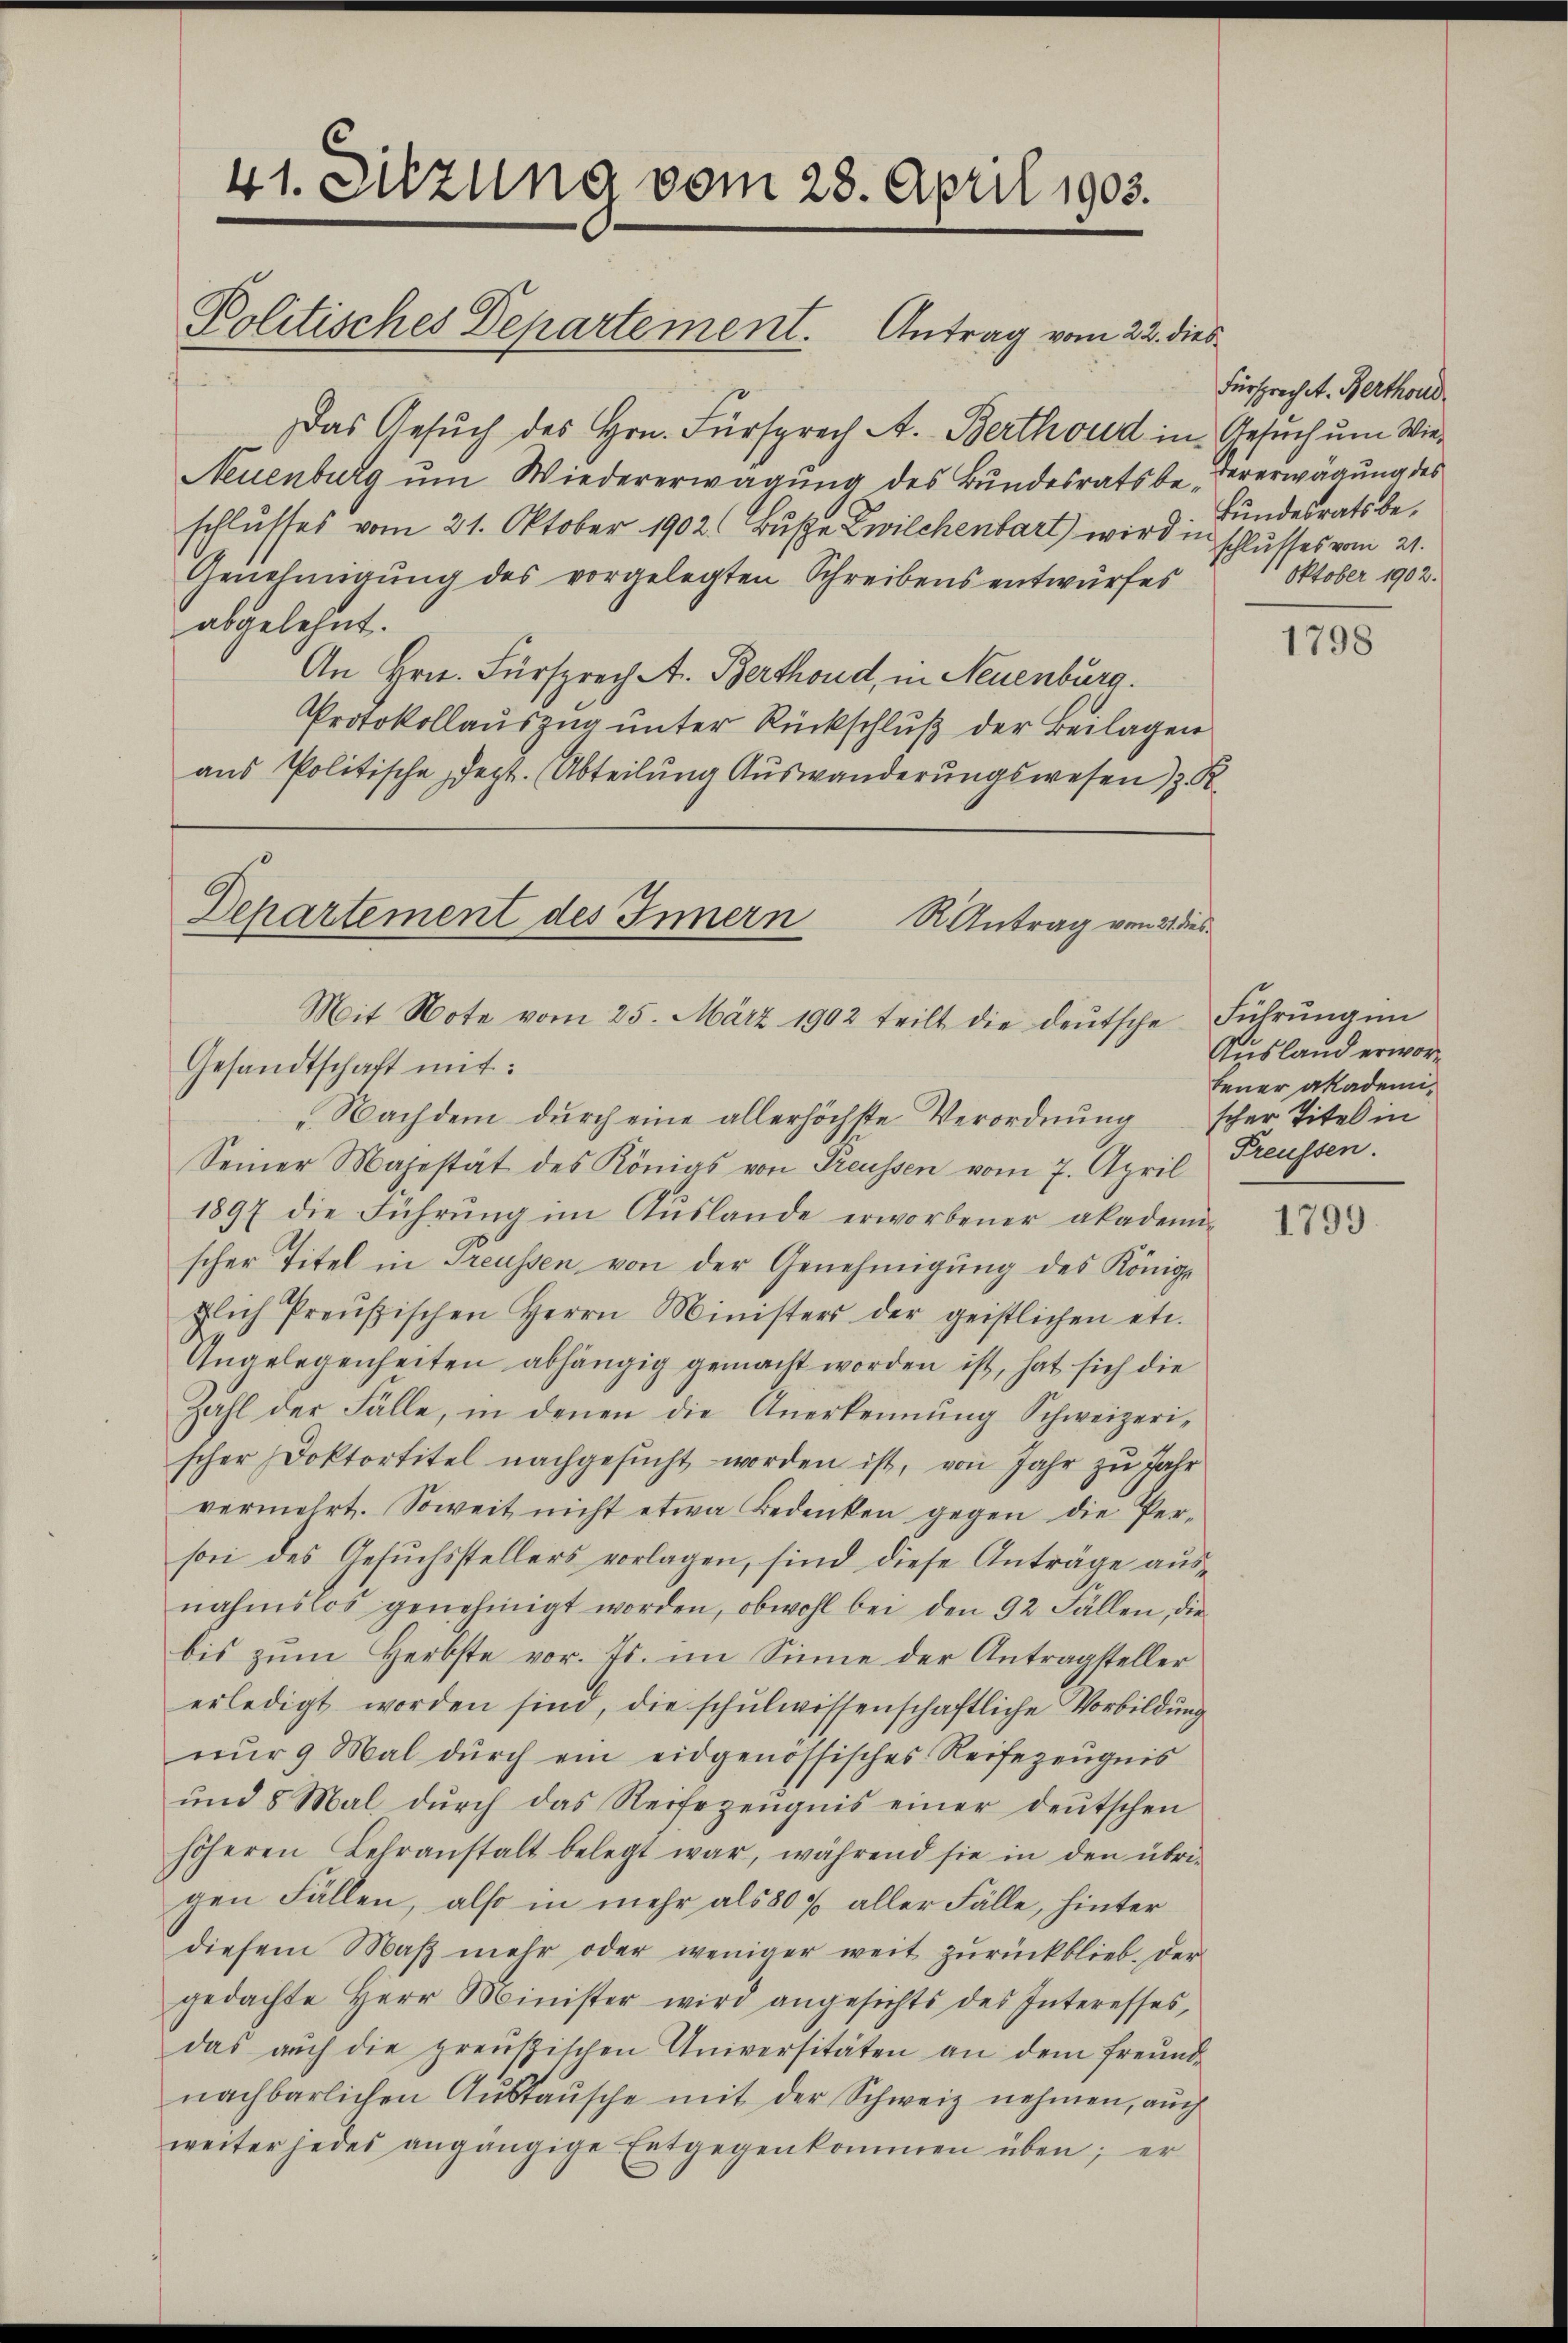
41. Sitzung vom 28. April 1903.

Politisches Departement. Antrag vom 22. dies

Das Gesuch des Hrn. Fürsprach A. Berthoud in Gesuch um Wie¬
Neuenburg um Wiedererwägung des Bundesratsbe-Vererwägung des
schlusses vom 21. Oktober 1902 Buße Zwilchenbart) wird in schlusses vom 21.
Genehmigung des vorgelegten Schreibens entwurfes
abgelehnt.
An Hrn. Fürsprech A. Berthoud, in Neuenburg.
Protokollauszug unter Rückschluß der Beilagen
aus Politische dept. (Abteilung Auswanderungswesen) z. R.

Departement des Innern
RAntrag von 21 dies
Mit Note vom 25. März 1902 teilt die deŭtsche Führŭng im
Gesandtschaft mit:
Nachdem durch eine allerhöchste Verordnung

Seiner Majestät des Königs von Treussen vom 7. April Freussen.
1897 die Führŭng im Auslande erworbener akademi-
scher Titel in Preussen von der Genehmigung des Königl
zlich Preußischen Herrn Ministers der geistlichen etc.
Angelegenheiten abhängig gemacht worden ist, hat sich die
Zahl der Fälle, in denen die Anerkennung Schweizerischer Doktortitel nachgesŭcht worden ist, von Jahr zu Jahr
vermehrt. Soweit nicht etwa Bedenken gegen die Per-
son des Gesuchsstellers vorlagen, sind diese Anträge ausnahmslos genehmigt worden, obwohl bei den 92 Fällen, die
bis zum Herbste vor. Js. im Sinne der Antragsteller
erledigt worden sind, die schŭlwissenschaftliche Vorbildŭng
nŭr 9 Mal dŭrch ein eidgenössisches Reifezeŭgnis
ŭnd 8 Mal dŭrch das Reifezeŭgnis einer deŭtschen
höheren Lehranstalt belegt war, während sie in den übri-
gen Fällen, also in mehr als 80 f aller Fälle, hinter
diesem Maβ mehr oder weniger weit zŭrückblieb. Der
gedachte Herr Minister wird angesichts des Interesses,
das aŭch die preußischen Universitäten an dem freund-
nachbarlichen Austausche mit der Schweiz nehmen, auch
weiter jedes angängige Entgegenkommen üben; er

Fürsprechet. Berthoud
Bundesrats be¬
 Oktober 1902.

1798

Ausland erworbener akademischer Titel in

1799.